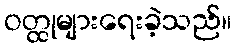
ဝတ္ထုများရေးခဲ့သည်။